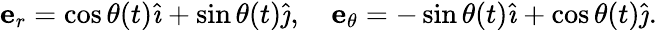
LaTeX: {\textbf{e}}_{r}=\cos\theta(t){\hat{\imath}}+\sin\theta(t){\hat{\jmath}},\quad{\textbf{e}}_{\theta}=-\sin\theta(t){\hat{\imath}}+\cos\theta(t){\hat{\jmath}}.